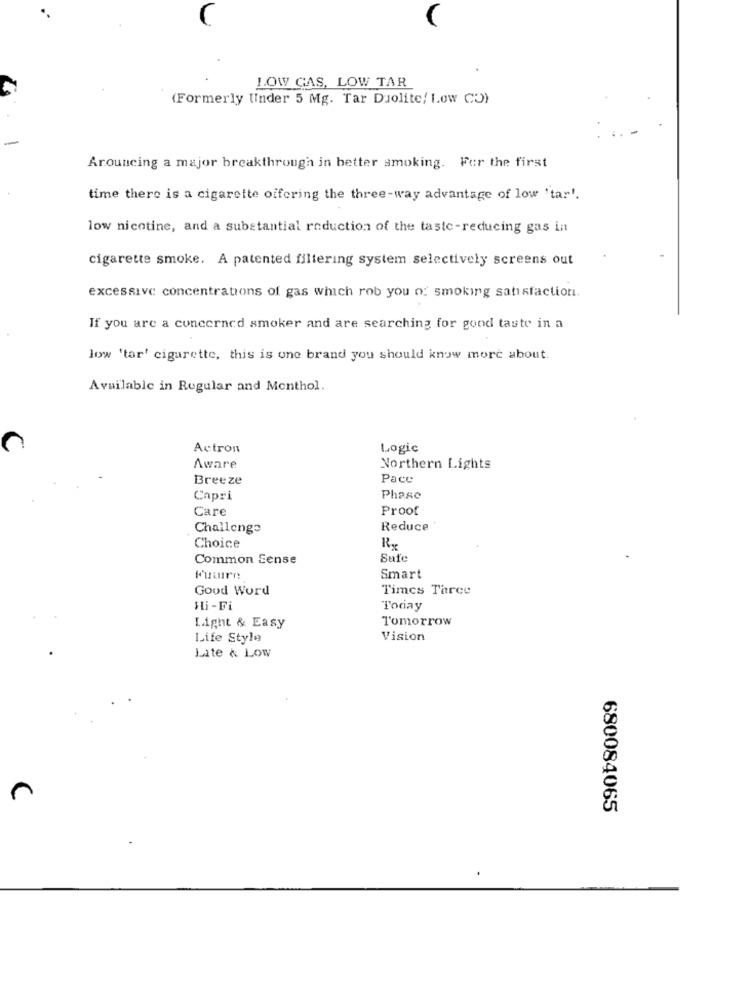
LOW GAS, LOW TAR
(Formerly Under 5 Mg. Tar Duolite/ 1.ow CO)
Arouncing a major breakthrough in better smoking. For the first
time there is a cigarette offering the three-way advantage of low 'tar'.
low nicotine, and a substantial reduction of the taste-reducing gas in
cigarette smoke. A patented filtering system selectively screens out
excessive concentrations of gas which rob you o: smoking satisfaction.
If you are a concerned smoker and are searching for good taste in a
low 'tar' cigarette, this is one brand you should know more about.
Available in Regular and Menthol.
Actron
Logic
Aware
Northern Lights
Breeze
Pace
Capri
Phase
Care
Proof
Challenge
Reduce
Choice
Common Sense
Safe
Smart
Goud Word
Times Tarce
şti-Fi
Today
Tomorrow
Light & Easy
Life Style
Vision
Lite & Low
680084065